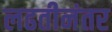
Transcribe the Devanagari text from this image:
लढतीनंतर